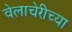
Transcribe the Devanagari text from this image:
वेलाचेरीच्या